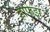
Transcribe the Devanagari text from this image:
हाफेझ